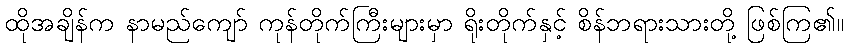
ထိုအချိန်က နာမည်ကျော် ကုန်တိုက်ကြီးများမှာ ရိုးတိုက်နှင့် စိန်ဘရားသားတို့ ဖြစ်ကြ၏။